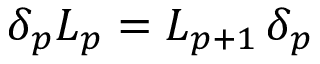
\delta _ { p } { \cal L } _ { p } = { \cal L } _ { p + 1 } \, \delta _ { p }